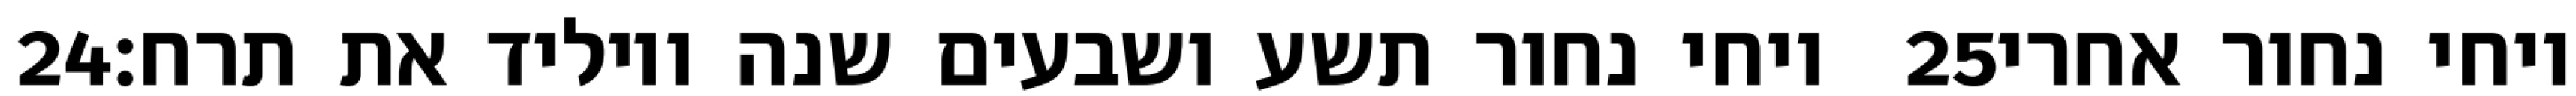
‎24‏ ויחי נחור תשע ושבעים שנה ויוליד את תרח׃ ‎25‏ ויחי נחור אחרי